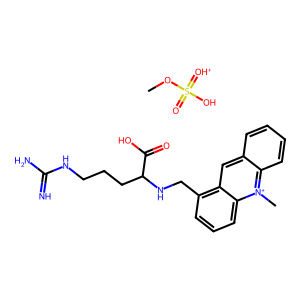
SMILES: COS(=O)(O)=[OH+].C[n+]1c2ccccc2cc2c(CNC(CCCNC(=N)N)C(=O)O)cccc21
Inhibits HIV replication: No